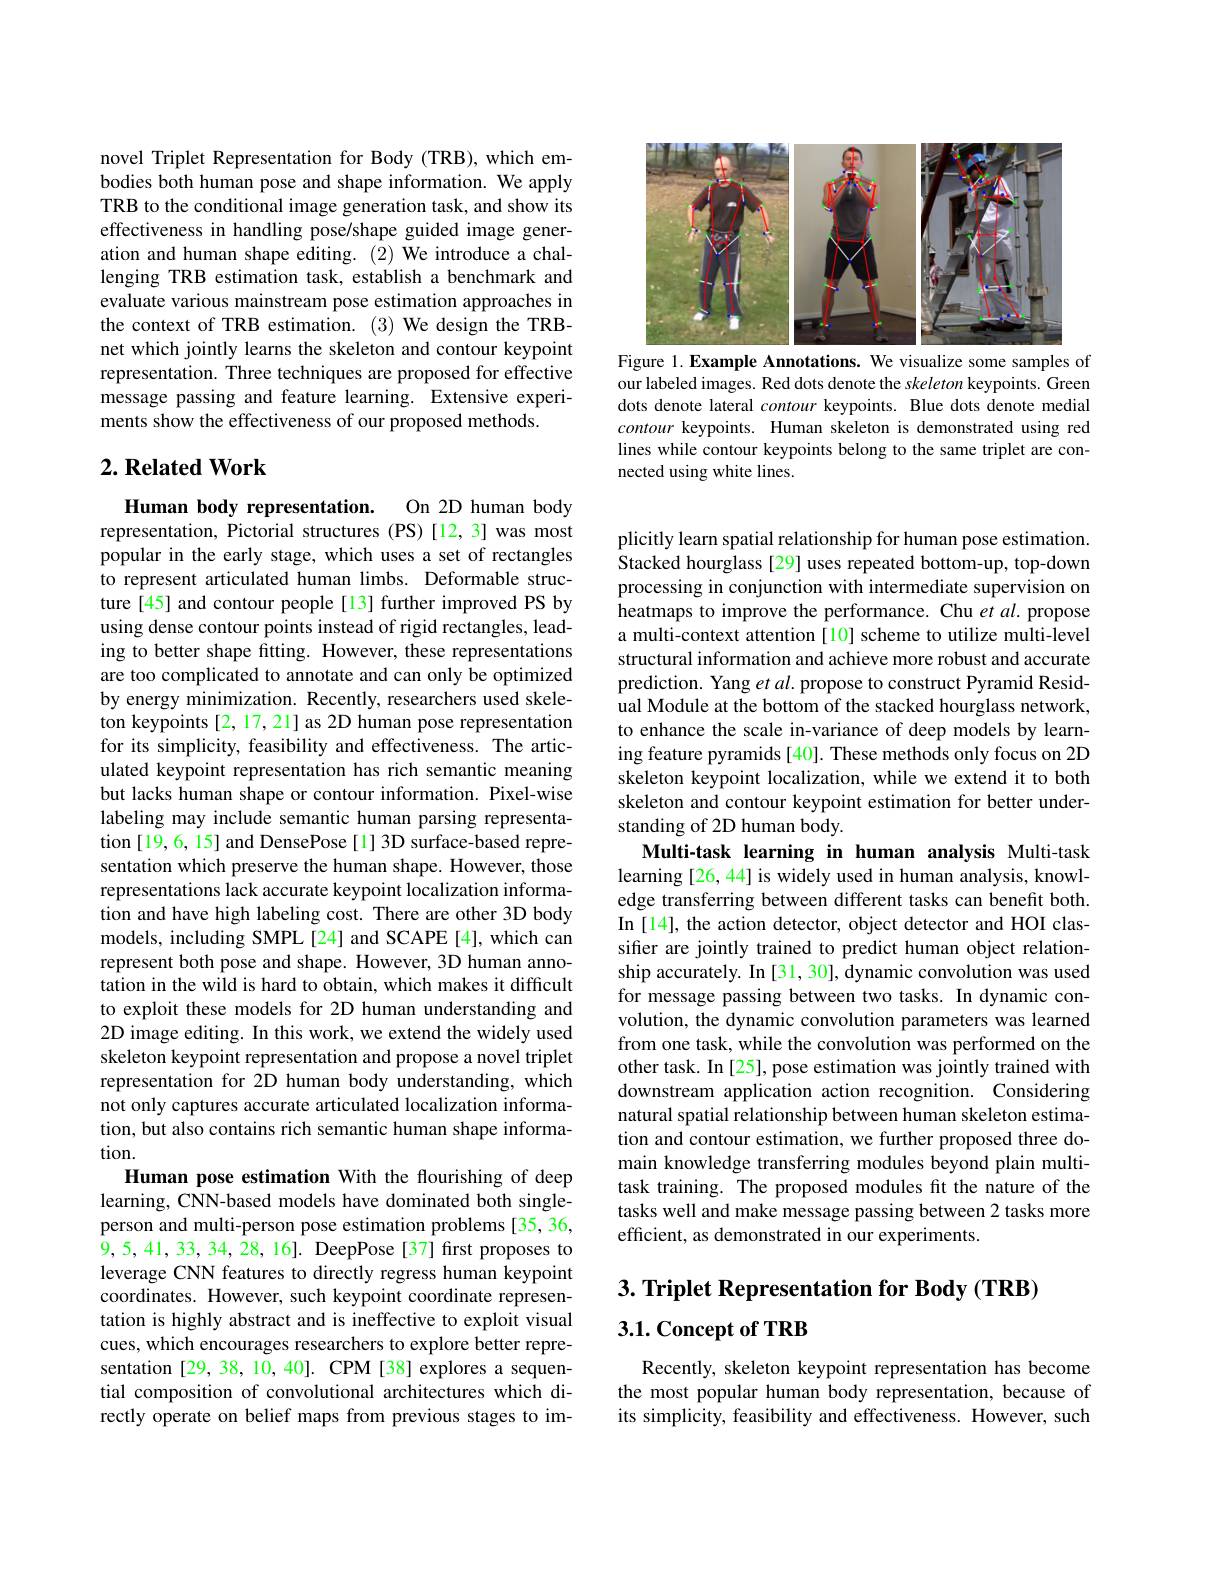
novel Triplet Representation for Body (TRB), which embodies both human pose and shape information. We apply TRB to the conditional image generation task, and show its effectiveness in handling pose/shape guided image generation and human shape editing. (2) We introduce a challenging TRB estimation task, establish a benchmark and evaluate various mainstream pose estimation approaches in the context of TRB estimation. (3) We design the TRBnet which jointly learns the skeleton and contour keypoint representation. Three techniques are proposed for effective message passing and feature learning. Extensive experiments show the effectiveness of our proposed methods.

## $2. \textbf{Related Work}$

Human body representation.
representation, Pictorial structures (PS) [12,3] was most

On 2D human body
popular in the early stage, which uses a set of rectangles to represent articulated human limbs. Deformable structure[45] and contour people[13] further improved PS by using dense contour points instead of rigid rectangles, leading to better shape fitting. However, these representations are too complicated to annotate and can only be optimized by energy minimization. Recently, researchers used skeleton keypoints [2,17,21] as 2D human pose representation for its simplicity, feasibility and effectiveness. The articulated keypoint representation has rich semantic meaning but lacks human shape or contour information. Pixel-wise labeling may include semantic human parsing representation [19,6, 15] and DensePose [1] 3D surface-based representation which preserve the human shape. However, those representations lack accurate keypoint localization information and have high labeling cost. There are other 3D body models, including SMPL[24] and SCAPE[4], which can represent both pose and shape. However, 3D human annotation in the wild is hard to obtain, which makes it difficult to exploit these models for 2D human understanding and 2D image editing. In this work, we extend the widely used skeleton keypoint representation and propose a novel triplet representation for 2D human body understanding, which not only captures accurate articulated localization information, but also contains rich semantic human shape information.
Human pose estimation With the flourishing of deep learning, CNN-based models have dominated both singleperson and multi-person pose estimation problems [35, 36, $\hat{9},5,41,33,34,\hat{28},16].$ DeepPose[37]frst proposes to leverage CNN features to directly regress human keypoint coordinates. However, such keypoint coordinate representation is highly abstract and is ineffective to exploit visual cues, which encourages researchers to explore better representation [29,38,10,40]. CPM [38] explores a sequential composition of convolutional architectures which directly operate on belief maps from previous stages to im-

<FigureHere>
Figure 1. Example Annotations. We visualize some samples of

our labeled images. Red dots denote the skeleton keypoints. Green dots denote lateral contour keypoints. Blue dots denote medial contour keypoints. Human skeleton is demonstrated using red lines while contour keypoints belong to the same triplet are connected using white lines.

plicitly learn spatial relationship for human pose estimation. Stacked hourglass [29] uses repeated bottom-up, top-down processing in conjunction with intermediate supervision on heatmaps to improve the performance. Chu et al. propose a multi-context attention [10] scheme to utilize multi-level structural information and achieve more robust and accurate prediction. Yang et al. propose to construct Pyramid Residual Module at the bottom of the stacked hourglass network to enhance the scale in-variance of deep models by learning feature pyramids [40]. These methods only focus on 2D skeleton keypoint localization, while we extend it to both skeleton and contour keypoint estimation for better understanding of 2D human body.

Multi-task learning in human analysis Multi-task learning [26, 44] is widely used in human analysis, knowledge transferring between different tasks can benefit both. In [14], the action detector, object detector and HOI classifier are jointly trained to predict human object relationship accurately. In [31, 30], dynamic convolution was used for message passing between two tasks. In dynamic convolution, the dynamic convolution parameters was learned from one task, while the convolution was performed on the other task. In [25], pose estimation was jointly trained with downstream application action recognition. Considering natural spatial relationship between human skeleton estimation and contour estimation, we further proposed three domain knowledge transferring modules beyond plain multitask training. The proposed modules fit the nature of the tasks well and make message passing between 2 tasks more efficient, as demonstrated in our experiments.

# 3. Triplet Representation for Body (TRB) 3.1. Concept of TRB

Recently, skeleton keypoint representation has become the most popular human body representation, because of its simplicity, feasibility and effectiveness. However, such